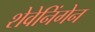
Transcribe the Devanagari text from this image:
शेवेनिंगेन